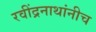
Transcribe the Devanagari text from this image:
रवींद्रनाथांनीच